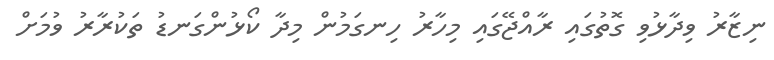
ނިޒާރު ވިދާޅުވި ގޮތުގައި ރާއްޖޭގައި މިހާރު ހިނގަމުން މިދާ ކޯޅުންގަނޑު ތަކުރާރު ވުމަށް